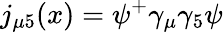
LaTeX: j_{\mu 5}(x)=\psi^{+}\gamma_{\mu}\gamma_{5}\psi